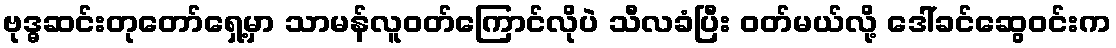
ဗုဒ္ဓဆင်းတုတော်ရှေ့မှာ သာမန်လူဝတ်ကြောင်လိုပဲ သီလခံပြီး ဝတ်မယ်လို့ ဒေါ်ခင်ဆွေဝင်းက